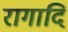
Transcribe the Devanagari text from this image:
रागादि